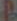
4